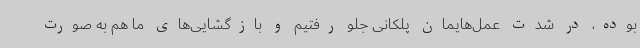
بوده، در شدت عمل‌هایمان پلکانی جلو رفتیم و بازگشایی‌های ما هم به صورت